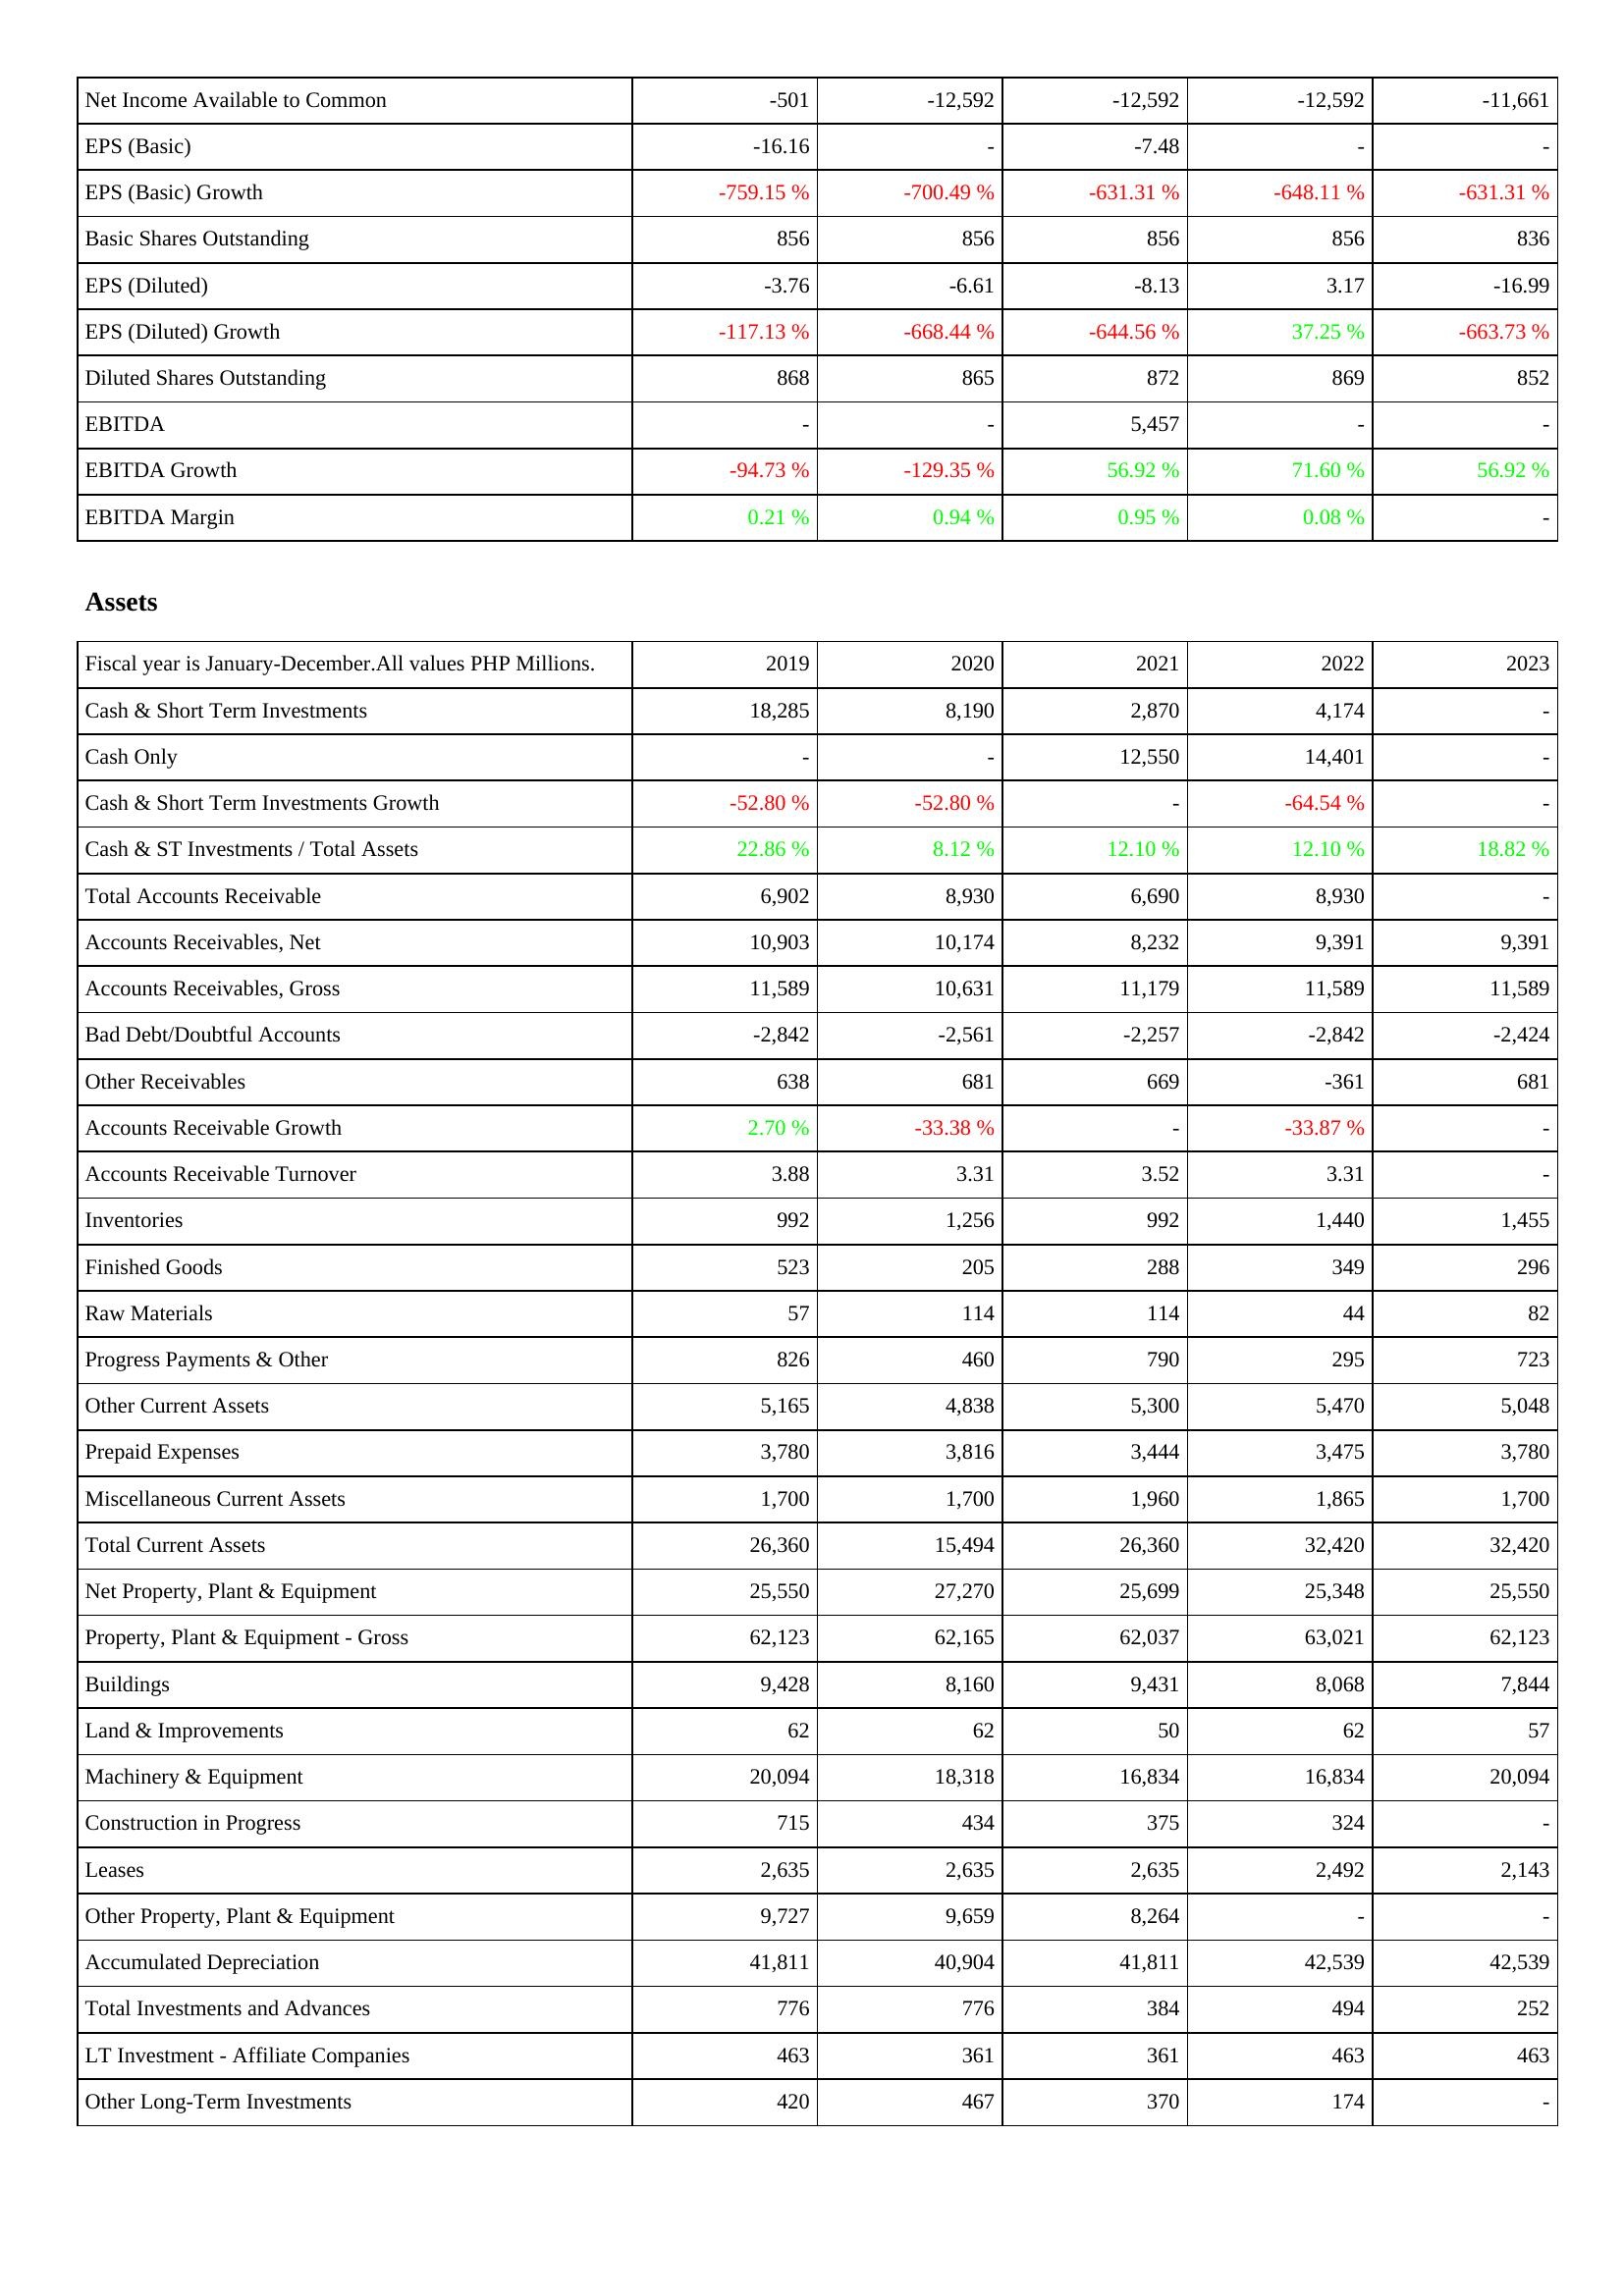
2019: Income Statement: Net Income Available to Common: -501
EPS (Basic): -16.16
EPS (Basic) Growth: -759.15 %
Basic Shares Outstanding: 856
EPS (Diluted): -3.76
EPS (Diluted) Growth: -117.13 %
Diluted Shares Outstanding: 868
EBITDA: -
EBITDA Growth: -94.73 %
EBITDA Margin: 0.21 %
Assets: Cash & Short Term Investments: 18,285
Cash Only: -
Cash & Short Term Investments Growth: -52.80 %
Cash & ST Investments / Total Assets: 22.86 %
Total Accounts Receivable: 6,902
Accounts Receivables, Net: 10,903
Accounts Receivables, Gross: 11,589
Bad Debt/Doubtful Accounts: -2,842
Other Receivables: 638
Accounts Receivable Growth: 2.70 %
Accounts Receivable Turnover: 3.88
Inventories: 992
Finished Goods: 523
Raw Materials: 57
Progress Payments & Other: 826
Other Current Assets: 5,165
Prepaid Expenses: 3,780
Miscellaneous Current Assets: 1,700
Total Current Assets: 26,360
Net Property, Plant & Equipment: 25,550
Property, Plant & Equipment - Gross: 62,123
Buildings: 9,428
Land & Improvements: 62
Machinery & Equipment: 20,094
Construction in Progress: 715
Leases: 2,635
Other Property, Plant & Equipment: 9,727
Accumulated Depreciation: 41,811
Total Investments and Advances: 776
LT Investment - Affiliate Companies: 463
Other Long-Term Investments: 420
2020: Income Statement: Net Income Available to Common: -12,592
EPS (Basic): -
EPS (Basic) Growth: -700.49 %
Basic Shares Outstanding: 856
EPS (Diluted): -6.61
EPS (Diluted) Growth: -668.44 %
Diluted Shares Outstanding: 865
EBITDA: -
EBITDA Growth: -129.35 %
EBITDA Margin: 0.94 %
Assets: Cash & Short Term Investments: 8,190
Cash Only: -
Cash & Short Term Investments Growth: -52.80 %
Cash & ST Investments / Total Assets: 8.12 %
Total Accounts Receivable: 8,930
Accounts Receivables, Net: 10,174
Accounts Receivables, Gross: 10,631
Bad Debt/Doubtful Accounts: -2,561
Other Receivables: 681
Accounts Receivable Growth: -33.38 %
Accounts Receivable Turnover: 3.31
Inventories: 1,256
Finished Goods: 205
Raw Materials: 114
Progress Payments & Other: 460
Other Current Assets: 4,838
Prepaid Expenses: 3,816
Miscellaneous Current Assets: 1,700
Total Current Assets: 15,494
Net Property, Plant & Equipment: 27,270
Property, Plant & Equipment - Gross: 62,165
Buildings: 8,160
Land & Improvements: 62
Machinery & Equipment: 18,318
Construction in Progress: 434
Leases: 2,635
Other Property, Plant & Equipment: 9,659
Accumulated Depreciation: 40,904
Total Investments and Advances: 776
LT Investment - Affiliate Companies: 361
Other Long-Term Investments: 467
2021: Income Statement: Net Income Available to Common: -12,592
EPS (Basic): -7.48
EPS (Basic) Growth: -631.31 %
Basic Shares Outstanding: 856
EPS (Diluted): -8.13
EPS (Diluted) Growth: -644.56 %
Diluted Shares Outstanding: 872
EBITDA: 5,457
EBITDA Growth: 56.92 %
EBITDA Margin: 0.95 %
Assets: Cash & Short Term Investments: 2,870
Cash Only: 12,550
Cash & Short Term Investments Growth: -
Cash & ST Investments / Total Assets: 12.10 %
Total Accounts Receivable: 6,690
Accounts Receivables, Net: 8,232
Accounts Receivables, Gross: 11,179
Bad Debt/Doubtful Accounts: -2,257
Other Receivables: 669
Accounts Receivable Growth: -
Accounts Receivable Turnover: 3.52
Inventories: 992
Finished Goods: 288
Raw Materials: 114
Progress Payments & Other: 790
Other Current Assets: 5,300
Prepaid Expenses: 3,444
Miscellaneous Current Assets: 1,960
Total Current Assets: 26,360
Net Property, Plant & Equipment: 25,699
Property, Plant & Equipment - Gross: 62,037
Buildings: 9,431
Land & Improvements: 50
Machinery & Equipment: 16,834
Construction in Progress: 375
Leases: 2,635
Other Property, Plant & Equipment: 8,264
Accumulated Depreciation: 41,811
Total Investments and Advances: 384
LT Investment - Affiliate Companies: 361
Other Long-Term Investments: 370
2022: Income Statement: Net Income Available to Common: -12,592
EPS (Basic): -
EPS (Basic) Growth: -648.11 %
Basic Shares Outstanding: 856
EPS (Diluted): 3.17
EPS (Diluted) Growth: 37.25 %
Diluted Shares Outstanding: 869
EBITDA: -
EBITDA Growth: 71.60 %
EBITDA Margin: 0.08 %
Assets: Cash & Short Term Investments: 4,174
Cash Only: 14,401
Cash & Short Term Investments Growth: -64.54 %
Cash & ST Investments / Total Assets: 12.10 %
Total Accounts Receivable: 8,930
Accounts Receivables, Net: 9,391
Accounts Receivables, Gross: 11,589
Bad Debt/Doubtful Accounts: -2,842
Other Receivables: -361
Accounts Receivable Growth: -33.87 %
Accounts Receivable Turnover: 3.31
Inventories: 1,440
Finished Goods: 349
Raw Materials: 44
Progress Payments & Other: 295
Other Current Assets: 5,470
Prepaid Expenses: 3,475
Miscellaneous Current Assets: 1,865
Total Current Assets: 32,420
Net Property, Plant & Equipment: 25,348
Property, Plant & Equipment - Gross: 63,021
Buildings: 8,068
Land & Improvements: 62
Machinery & Equipment: 16,834
Construction in Progress: 324
Leases: 2,492
Other Property, Plant & Equipment: -
Accumulated Depreciation: 42,539
Total Investments and Advances: 494
LT Investment - Affiliate Companies: 463
Other Long-Term Investments: 174
2023: Income Statement: Net Income Available to Common: -11,661
EPS (Basic): -
EPS (Basic) Growth: -631.31 %
Basic Shares Outstanding: 836
EPS (Diluted): -16.99
EPS (Diluted) Growth: -663.73 %
Diluted Shares Outstanding: 852
EBITDA: -
EBITDA Growth: 56.92 %
EBITDA Margin: -
Assets: Cash & Short Term Investments: -
Cash Only: -
Cash & Short Term Investments Growth: -
Cash & ST Investments / Total Assets: 18.82 %
Total Accounts Receivable: -
Accounts Receivables, Net: 9,391
Accounts Receivables, Gross: 11,589
Bad Debt/Doubtful Accounts: -2,424
Other Receivables: 681
Accounts Receivable Growth: -
Accounts Receivable Turnover: -
Inventories: 1,455
Finished Goods: 296
Raw Materials: 82
Progress Payments & Other: 723
Other Current Assets: 5,048
Prepaid Expenses: 3,780
Miscellaneous Current Assets: 1,700
Total Current Assets: 32,420
Net Property, Plant & Equipment: 25,550
Property, Plant & Equipment - Gross: 62,123
Buildings: 7,844
Land & Improvements: 57
Machinery & Equipment: 20,094
Construction in Progress: -
Leases: 2,143
Other Property, Plant & Equipment: -
Accumulated Depreciation: 42,539
Total Investments and Advances: 252
LT Investment - Affiliate Companies: 463
Other Long-Term Investments: -